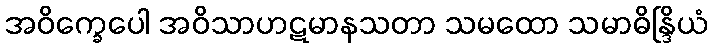
အဝိက္ခေပေါ အဝိသာဟဋမာနသတာ သမထော သမာဓိန္ဒြိယံ